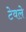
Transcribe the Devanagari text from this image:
टेवले